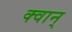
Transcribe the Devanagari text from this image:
क्वान्